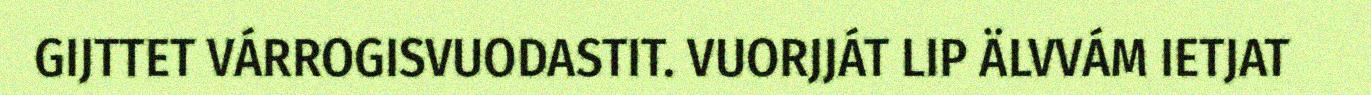
GIJTTET VÁRROGISVUODASTIT. VUORJJÁT LIP ÄLVVÁM IETJAT